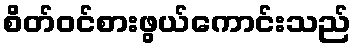
စိတ်ဝင်စားဖွယ်ကောင်းသည်